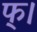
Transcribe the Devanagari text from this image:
फ्।